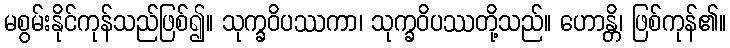
မစွမ်းနိုင်ကုန်သည်ဖြစ်၍။ သုက္ခဝိပဿကာ၊ သုက္ခဝိပဿတို့သည်။ ဟောန္တိ၊ ဖြစ်ကုန်၏။